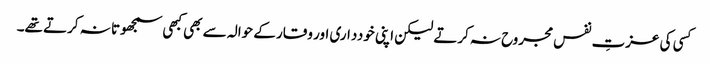
کسی کی عزتِ نفس مجروح نہ کرتے لیکن اپنی خودداری اور وقار کے حوالہ سے بھی کبھی سمجھوتا نہ کرتے تھے۔